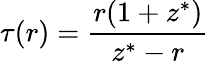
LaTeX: \tau(r)=\frac{r(1+z^{*})}{z^{*}-r}